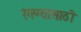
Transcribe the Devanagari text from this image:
रंगण्यासाठी